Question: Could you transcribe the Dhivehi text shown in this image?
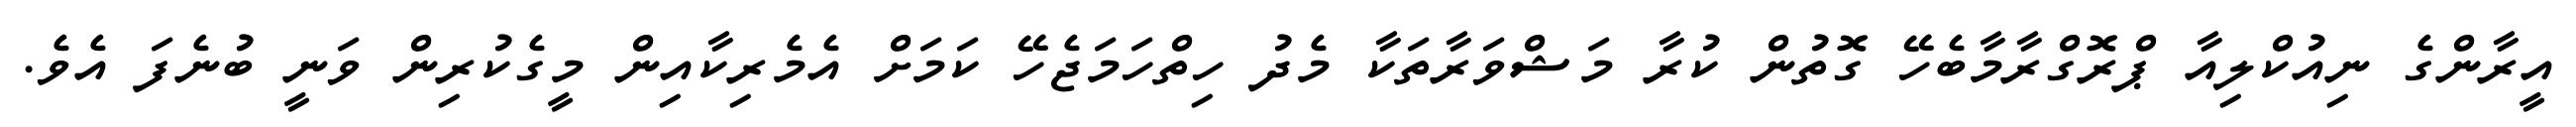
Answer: އީރާންގެ ނިއުކްލިއާ ޕްރޮގްރާމާބެހޭ ގޮތުން ކުރާ މަޝްވަރާތަކާ މެދު ހިތްހަމަޖެހޭ ކަމަށް އެމެރިކާއިން މީގެކުރިން ވަނީ ބުނެފަ އެވެ.